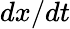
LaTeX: dx/dt